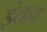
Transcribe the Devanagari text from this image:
इंतहा